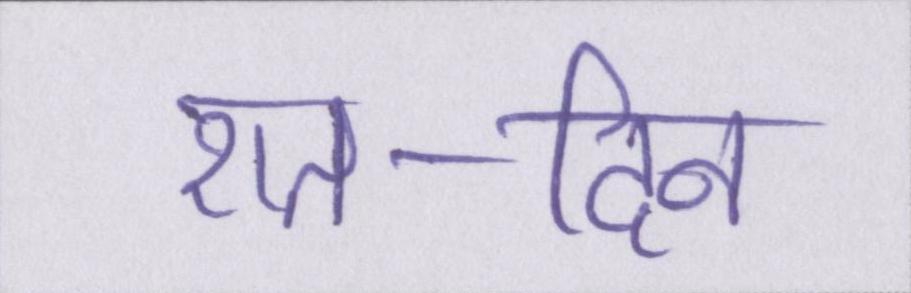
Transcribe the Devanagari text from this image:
रात-दिन